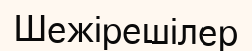
Шежірешілер